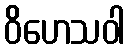
ဝိဟေသဝါ